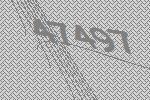
47497